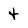
Character: t